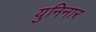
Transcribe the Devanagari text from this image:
युनिनार